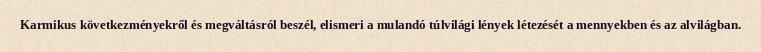
Karmikus következményekről és megváltásról beszél, elismeri a mulandó túlvilági lények létezését a mennyekben és az alvilágban.